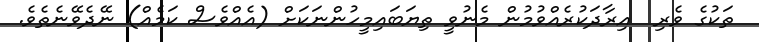
ތަކުގެ ވެރި  އިރާދަކުރެއްވުމުން މެނުވީ ތިޔަބައިމީހުންނަކަށް (އެއްވެސް ކަމެއް) ނޭދެވޭނެތެވެ.